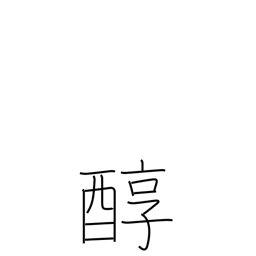
Meaning: pure sake